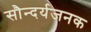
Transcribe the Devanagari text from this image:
सौन्दर्यजनक